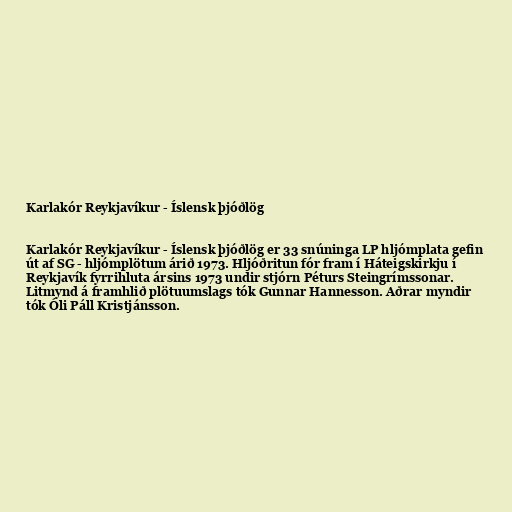
Karlakór Reykjavíkur - Íslensk þjóðlög

Karlakór Reykjavíkur - Íslensk þjóðlög er 33 snúninga LP hljómplata gefin
út af SG - hljómplötum árið 1973. Hljóðritun fór fram í Háteigskirkju í
Reykjavík fyrrihluta ársins 1973 undir stjórn Péturs Steingrímssonar.
Litmynd á framhlið plötuumslags tók Gunnar Hannesson. Aðrar myndir
tók Óli Páll Kristjánsson.